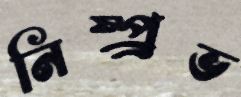
নিষ্প্র্রভ